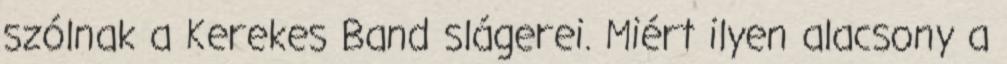
szólnak a Kerekes Band slágerei. Miért ilyen alacsony a